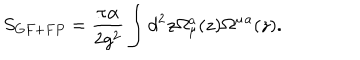
S _ { G F + F P } = { \frac { \pi \alpha } { 2 g ^ { 2 } } } \int d ^ { 2 } z \Omega _ { \mu } ^ { a } ( z ) \Omega ^ { \mu } { } ^ { a } ( z ) .